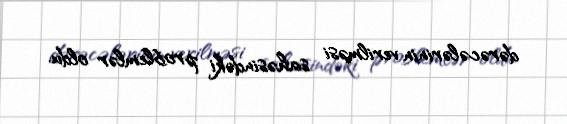
dərəcələrinin verilməsi sahəsindəki problemlər oldu.